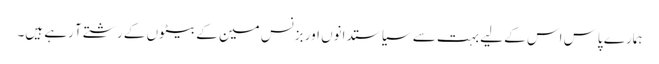
ہمارے پاس اس کے لیے بہت سے سیاستدانوں اور بزنس مین کے بیٹوں کے رشتے آ رہے ہیں۔